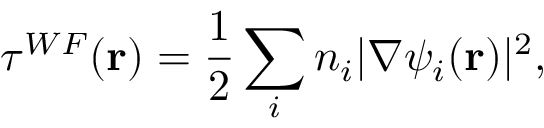
\tau ^ { W F } ( \mathbf { r } ) = \frac { 1 } { 2 } \sum _ { i } n _ { i } | \nabla \psi _ { i } ( \mathbf { r } ) | ^ { 2 } ,